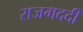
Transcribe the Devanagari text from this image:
राजगददी